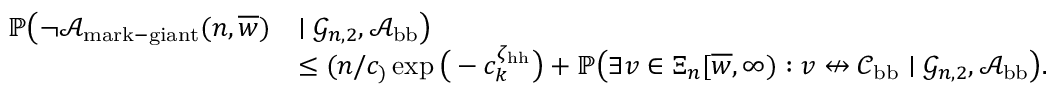
\begin{array} { r l } { \mathbb { P } \big ( \neg { \mathcal A } _ { \mathrm { m a r k - g i a n t } } ( n , \overline { { w } } ) } & { \mid { \mathcal G } _ { n , 2 } , { \mathcal A } _ { \mathrm { b b } } \big ) } \\ & { \le ( n / c _ ) \exp \big ( - c _ k ^ { \zeta _ { \mathrm { h h } } } \big ) + \mathbb { P } \big ( \exists v \in \Xi _ { n } [ \overline { { w } } , \infty ) : v \not \leftrightarrow { \mathcal C } _ { \mathrm { b b } } \mid { \mathcal G } _ { n , 2 } , { \mathcal A } _ { \mathrm { b b } } \big ) . } \end{array}